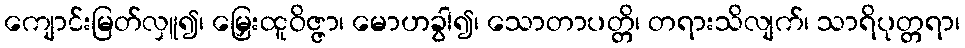
ကျောင်းမြတ်လှူ၍၊ မြှေးထူဝိဇ္ဇာ၊ မောဟခွါ၍၊ သောတာပတ္တိ၊ တရားသိလျက်၊ သာရိပုတ္တရာ၊